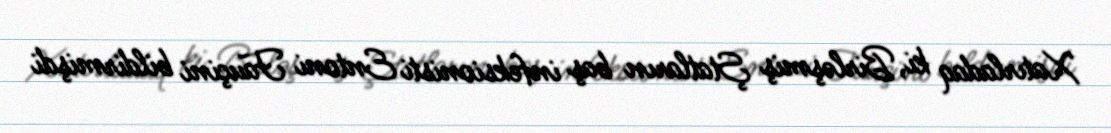
Xatırladaq ki, Birləşmiş Ştatların baş infeksionisti Entoni Fauçini bildirmişdi